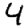
Digit: 4